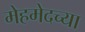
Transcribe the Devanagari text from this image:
मेहमेदच्या